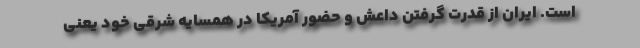
است. ایران از قدرت گرفتن داعش و حضور آمریکا در همسایه شرقی خود یعنی